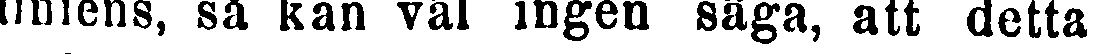
diniens, så kan väl ingen säga, att detta